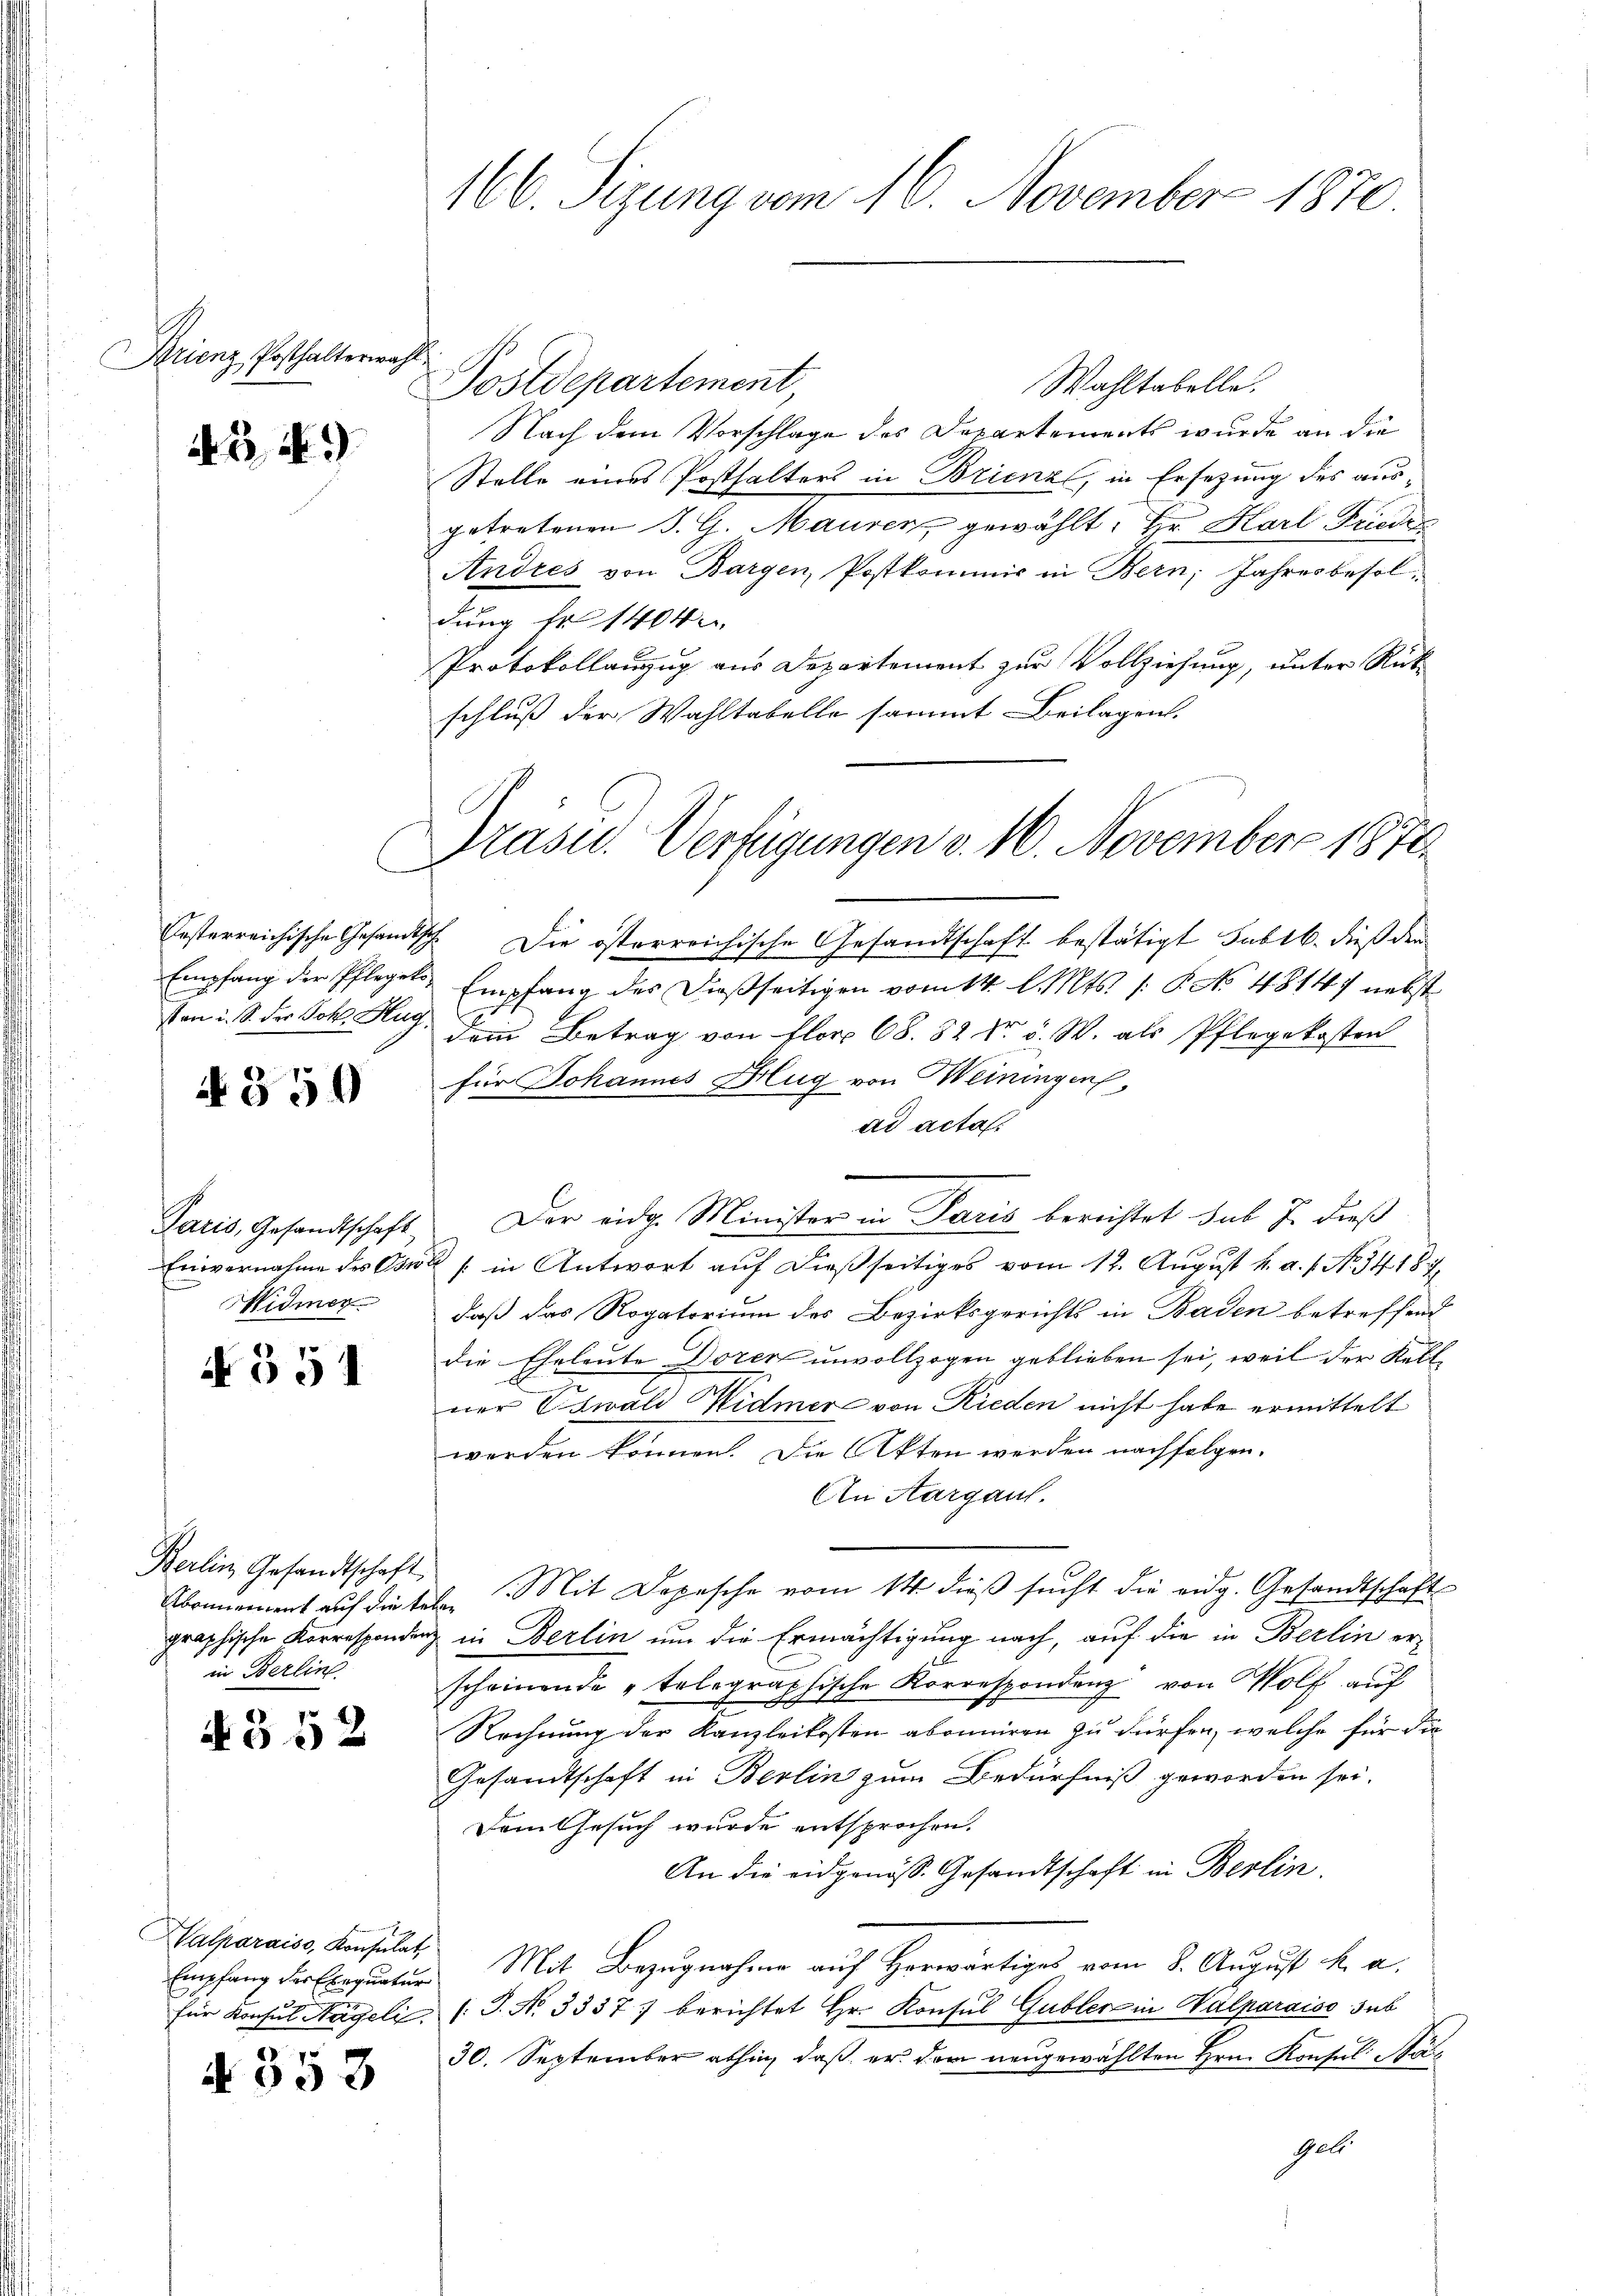
Drienz Posthalterwah

B 49

350

Paris, Gesandtschaft
Widmer

N 351

Berlin Gesandtschaft
in Berlins

4352

C

Halparaiss, Konsulat

d 353

166. Sizung vom 16. November 1870.

Postdepartement,
Wahltabelle.
Nach dem Vorschlage des Departements wurde an die
Stelle eines Posthalters in Brienzl, in Ersezung des ausgetretenen J. G. Maurer, gewählt: Hr. Karl Friede
Andres von Bargen, Postkommis in Bern, Jahresbesoldung fr 1404
Protokollanzug aus Departement zur Vollziehung, unter Rükschluß der Wahltabelle sammt Beilagen.
Oesterreichische Gesandtsch. Die österreichische Gesandtschaft bestätigt subtb. dieß der
Empfang der Pflegets Empfang des dießseitigen vom 14. d. Mts. /: P. No 4814) nebst
Von d. S. der Joh. Aug. Dein Betrag von Flor 68. 82 Nr. 5. W. als Pflegekosten
für Johannes Brug von Heiningen,
ad acta.
Der eidg. Minister in Paris berichtet sub J. dieß
Einvernahme des Osw. / in Antwort auf dießseitiges vom 12. August k. a. f. No. 341871
daß das Rogatorium des Bezirksgerichts in Baden betreffend
die Eheleute Doren unvollzogen geblieben sei, weil der Kell
ner Oswald Widmer von Rieden nicht habe ermittelt
werden können. Die Akten werden nachfolgen.
An Aargau.
Abonnement auf die telen Mit Depesche vom 14. dieß sucht die eidg. Gesandtschaft
graphische Korrespondienz in Berlin um die Ermächtigung nach, auf die in Berlin erscheinende „tolographische Korrespondenz von Wolf auf
Rechnung der Kanzleikosten abonniren zu dürfen, welche für die
Gesandtschaft in Berlin zum Bedürfniß geworden sei.
Dem Gesuch wurde entsprochen.
An die eidgenöss. Gesandtschaft in Berlin.
Empfang der Exequatur Mit Bezugnahme auf Horwärtiges vom 8. August k. a.
für Konsul Nägeli (T. N. 3337) berichtet Hr. Konsul Gubler in Valparaiso sub
30. September abhin, daß er der neugewählten Hrn. Konsul Sta¬
Geli

Präsid. Verfügungen v. 10. November 1870.